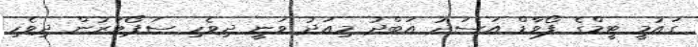
ގައުމީ ޓީމްގެ ފޯވާޑް އަސަދު އަބްދު މިއަދު ވަނީ ދިވެހި ސަޕޯޓަރުން ދިވެހި